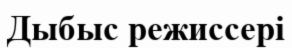
Дыбыс режиссері